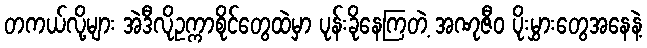
တကယ်လို့များ အဲဒီလိုဥက္ကာစိုင်တွေထဲမှာ ပုန်းခိုနေကြတဲ့ အဏုဇီဝ ပိုးမွှားတွေအနေနဲ့